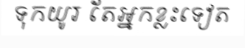
ទុកយូរ តែអ្នកខ្លះទៀត